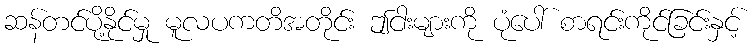
ဆန်တင်ပို့နိုင်မှု မူလပကတိအတိုင်း ဤငါးများကို ပုံပေါ် စာရင်းကိုင်ခြင်းနှင့်